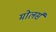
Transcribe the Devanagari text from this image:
मोलर्स